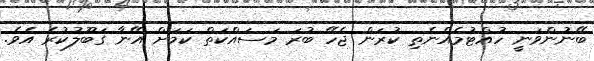
ބޭނުންވަނީ ހުއްޓުމެއްނެތި ކުރަން ޖެހޭ ބުރަ މަސައްކަތް ކަމަށް އޭނާ ގަބޫލުކުރެ އެވެ.